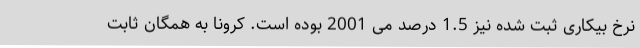
نرخ بیکاری ثبت شده نیز 1.5 درصد می 2001 بوده است. کرونا به همگان ثابت